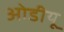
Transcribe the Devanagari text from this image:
ओडीयू